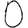
Digit: 0